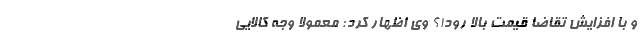
و با افزایش تقاضا قیمت بالا رود!؟ وی اظهار کرد: معمولا وجه کالایی